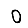
Digit: 0